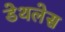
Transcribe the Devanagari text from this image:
डेथलेस